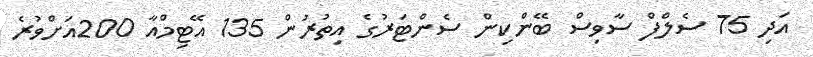
އަދި 75 ސެލްފް ސާވިސް ބޭންކިން ސެންޓަރުގެ އިތުރުން 135 އޭޓިމްއާ 200އަށްވުރެ